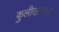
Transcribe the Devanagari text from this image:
कुलीखानास